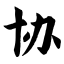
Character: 协